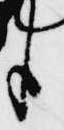
臣